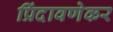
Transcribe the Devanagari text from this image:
प्रिंदावणेकर